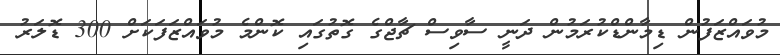
މުވައްޒަފުން ޑިމާންޑްކުރަމުން ދަނީ ސާވިސް ޗާޖްގެ ގޮތުގައި ކޮންމެ މުވައްޒަފަކަށް 300 ޑޮލަރު